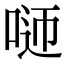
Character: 𠴴